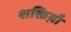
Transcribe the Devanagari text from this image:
शक्तिय़ाँ